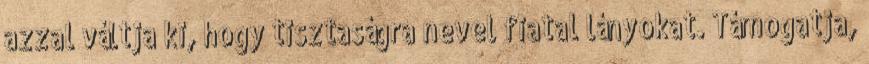
azzal váltja ki, hogy tisztaságra nevel fiatal lányokat. Támogatja,